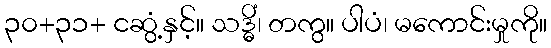
၃၀+၃၁+ ငဆွံ့နှင့်။ သဒ္ဓိံ၊ တကွ။ ပါပံ၊ မကောင်းမှုကို။